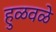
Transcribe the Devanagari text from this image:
हुळवळे